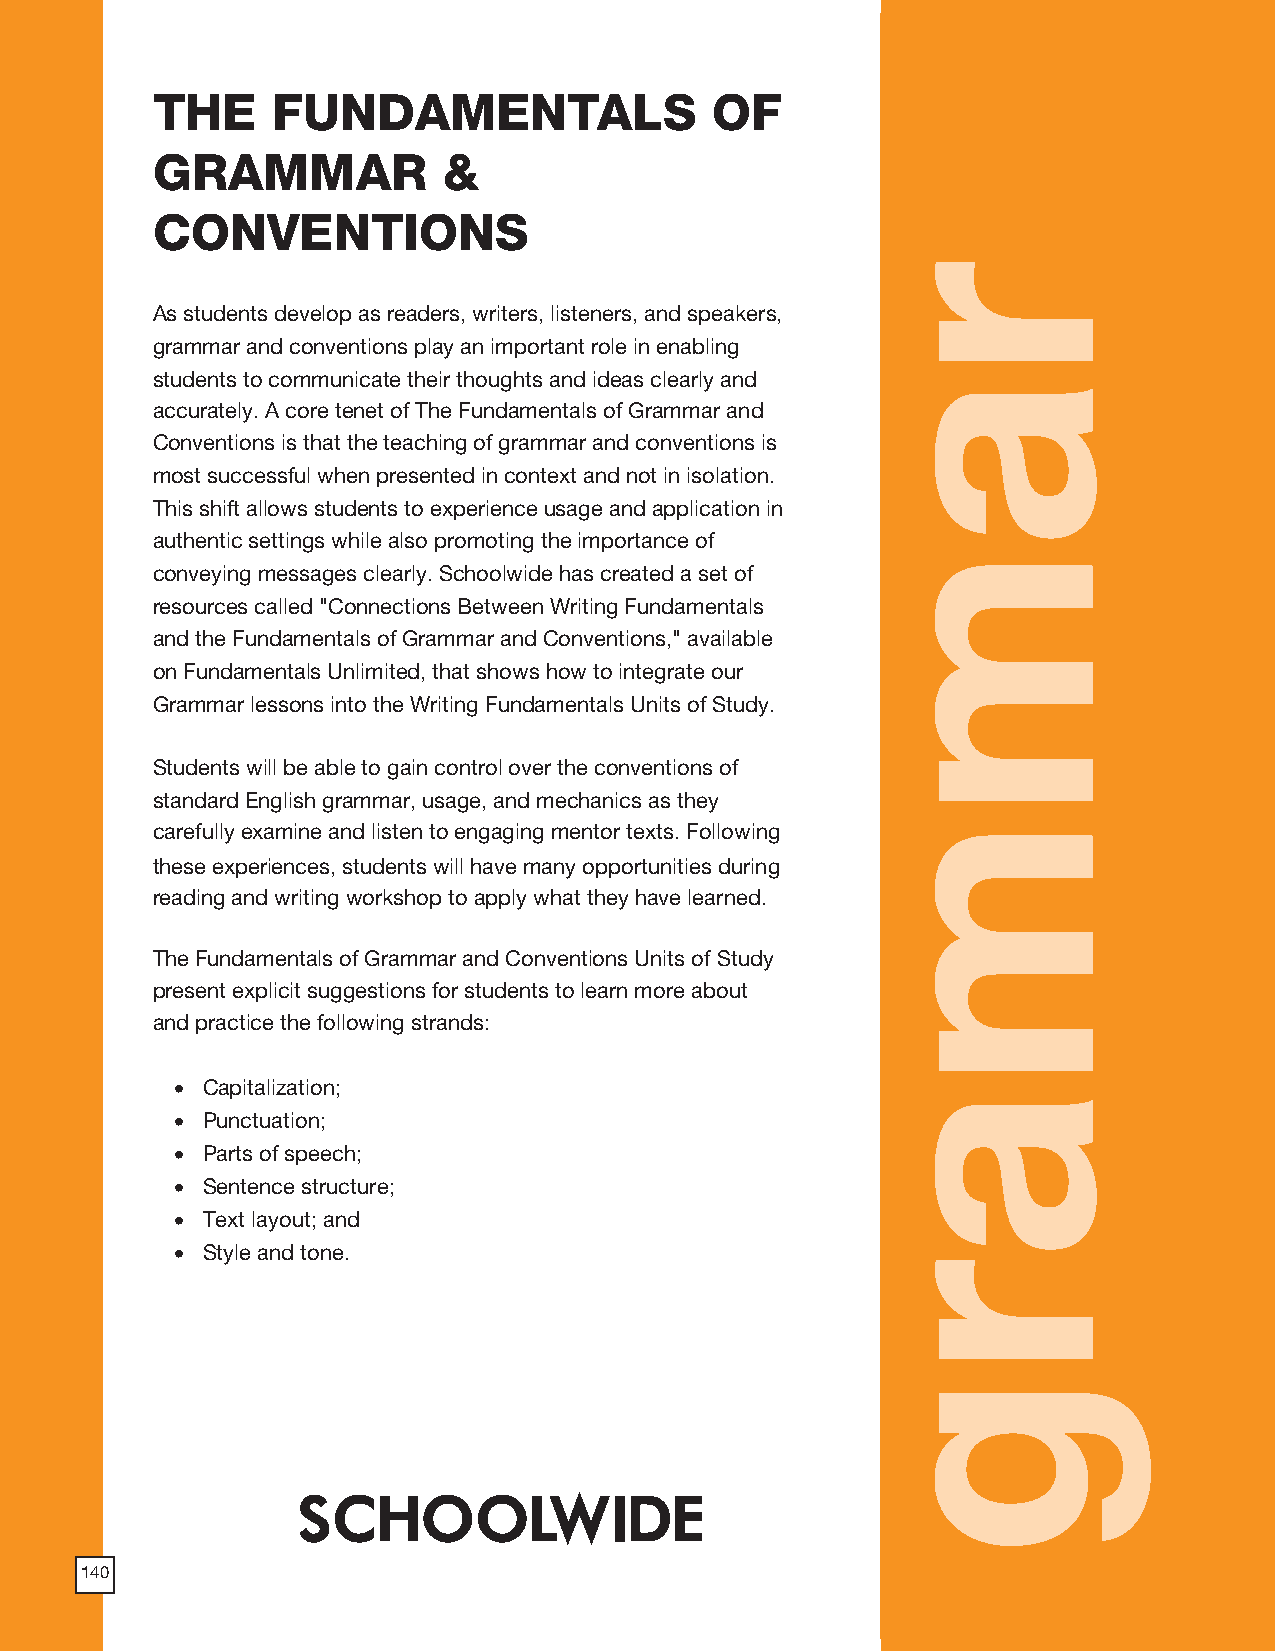
THE     FUNDAMENTALS                 OF
 GRAMMAR            &
 CONVENTIONS
 As students develop as readers, writers, listeners, and speakers,
 grammar and conventions play an important role in enabling
 students to communicate their thoughts and ideas clearly and
 accurately. A core tenet of The Fundamentals of Grammar and
 Conventions is that the teaching of grammar and conventions is
 most successful when presented in context and not in isolation.
 This shift allows students to experience usage and application in
 authentic settings while also promoting the importance of
 conveying messages clearly. Schoolwide has created a set of
 resources called "Connections Between Writing Fundamentals
 and the Fundamentals of Grammar and Conventions," available
 on Fundamentals Unlimited, that shows how to integrate our
 Grammar lessons into the Writing Fundamentals Units of Study.
 Students will be able to gain control over the conventions of
 standard English grammar, usage, and mechanics as they
 carefully examine and listen to engaging mentor texts. Following
 these experiences, students will have many opportunities during
 reading and writing workshop to apply what they have learned.
 The Fundamentals of Grammar and Conventions Units of Study
 present explicit suggestions for students to learn more about
 and practice the following strands:
 • Capitalization;
 • Punctuation;
 • Parts of speech;
 • Sentence structure;
 • Text layout; and
 • Style and tone.
 SCHOOLWIDE
 140
 rammarg